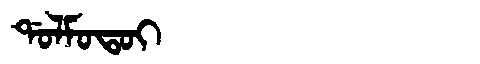
Manchu: ᡩᠣᠯᠮᠣᡨᠣᡳ
Romanization: DOLMOTOI